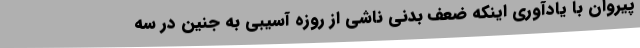
پیروان با یادآوری اینکه ضعف بدنی ناشی از روزه آسیبی به جنین در سه